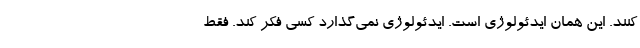
کنند. این همان ایدئولوژی است. ایدئولوژی نمی‌گذارد کسی فکر کند. فقط